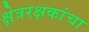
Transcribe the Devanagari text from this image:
क्षेत्ररक्षकांचा